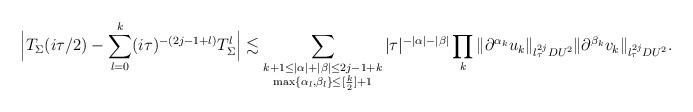
LaTeX: \begin{align*}\Big| T_\Sigma(i\tau/2) - \sum_{l = 0}^k (i\tau)^{-(2j-1+l)} T_{\Sigma}^l \Big| \lesssim \sum_{\substack{k+1 \leq |\alpha|+|\beta| \leq 2j-1+k \\ \max\{ \alpha_l, \beta_l\} \leq [\frac{k}2]+1}} |\tau|^{-|\alpha| - |\beta|}\prod_k \| \partial^{\alpha_k} u_k \|_{l^{2j}_{\tau} DU^2} \| \partial^{\beta_k} v_k \|_{l^{2j}_{\tau} DU^2}.\end{align*}